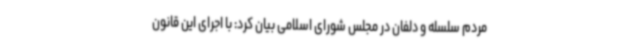
مردم سلسله و دلفان در مجلس شورای اسلامی بیان کرد: با اجرای این قانون